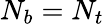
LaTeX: N_{b}=N_{t}